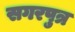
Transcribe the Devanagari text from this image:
सगरपुत्र